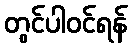
တွင်ပါဝင်ရန်